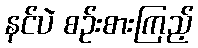
နင်ပဲ စဉ်းစားကြည့်